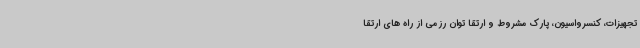
تجهیزات، کنسرواسیون، پارک مشروط و ارتقا توان رزمی از راه های ارتقا